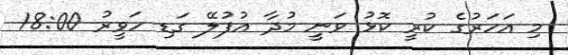
މި އަހަރުގެ ކުރީ ކޮޅު ވަނީ މުދާ އުފުލޭ ގަޑި ހަވީރު 18:00